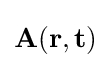
{\textstyle \mathbf {A} (\mathbf {r} ,\mathbf {t} )}